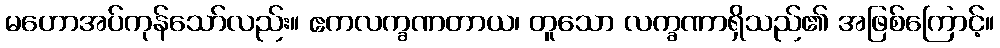
မဟောအပ်ကုန်သော်လည်း။ ဧကလက္ခဏတာယ၊ တူသော လက္ခဏာရှိသည်၏ အဖြစ်ကြောင့်။